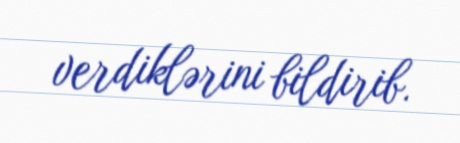
verdiklərini bildirib.